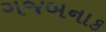
ગજબનાક